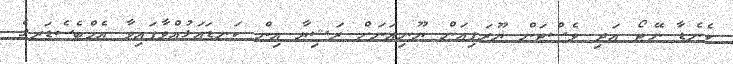
ކެނެޑާ ނޭޓޯ އަދި ވެސްޓަން ޔޫރަޕިއަން ޔޫނިއަނަށް ރަޝިޔާ އިން ކަނޑައަޅުއްވާފައިވާ އެމްބެސެޑަރގެ